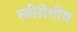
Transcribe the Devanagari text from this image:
स्त्रीरोगीय